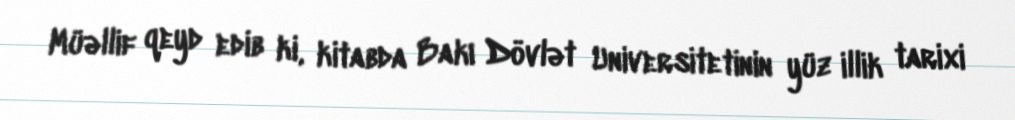
Müəllif qeyd edib ki, kitabda Bakı Dövlət Universitetinin yüz illik tarixi